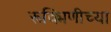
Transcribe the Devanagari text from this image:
रूक्मिणीच्या